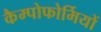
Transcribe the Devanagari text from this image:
कैम्पोफोर्मियों